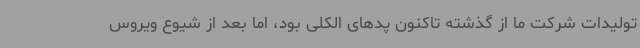
تولیدات شرکت ما از گذشته تاکنون پدهای الکلی بود، اما بعد از شیوع ویروس